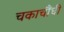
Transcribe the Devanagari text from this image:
चकाचौंधी